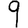
Digit: 9